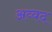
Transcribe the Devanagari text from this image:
अव्वद